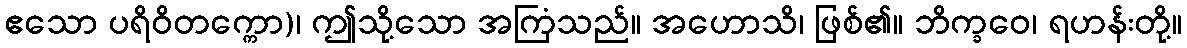
ဧသော ပရိဝိတက္ကော)၊ ဤသို့သော အကြံသည်။ အဟောသိ၊ ဖြစ်၏။ ဘိက္ခဝေ၊ ရဟန်းတို့။